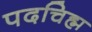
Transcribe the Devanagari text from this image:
पदचिह्म